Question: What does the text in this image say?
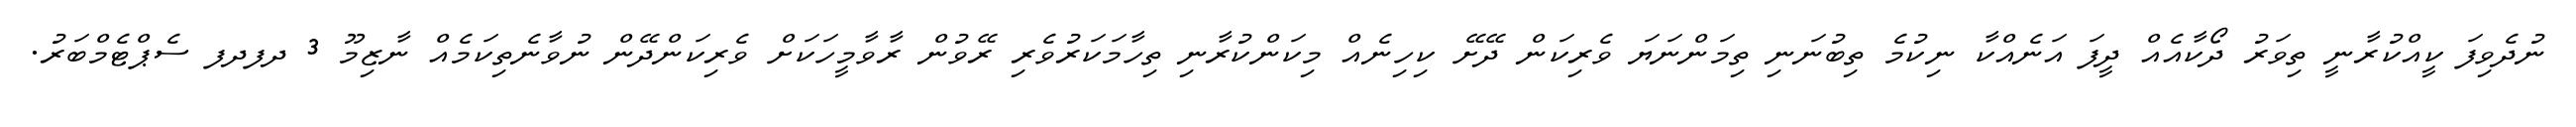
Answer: ނުދެވިފަ ކީއްކުރާނީ ތިވަރު ދޯކާއެއް ދީފަ އަނެއްކާ ނިކުމެ ތިބުނަނި ތިމަންނަޔަ ވެރިކަން ދޭށޭ ކިހިނެއް މިކަންކުރާނި ތިހާމަކަރުވެރި ރޭވުން ރާވާމީހަކަށް ވެރިކަންދޭން ނުވާނެތިކަމެއް ނާޒިމޫ 3 ދފދފ ސެޕްޓެމްބަރު.